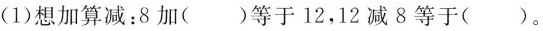
(1)想加算减：8加( )等于12，12减8等于( )。